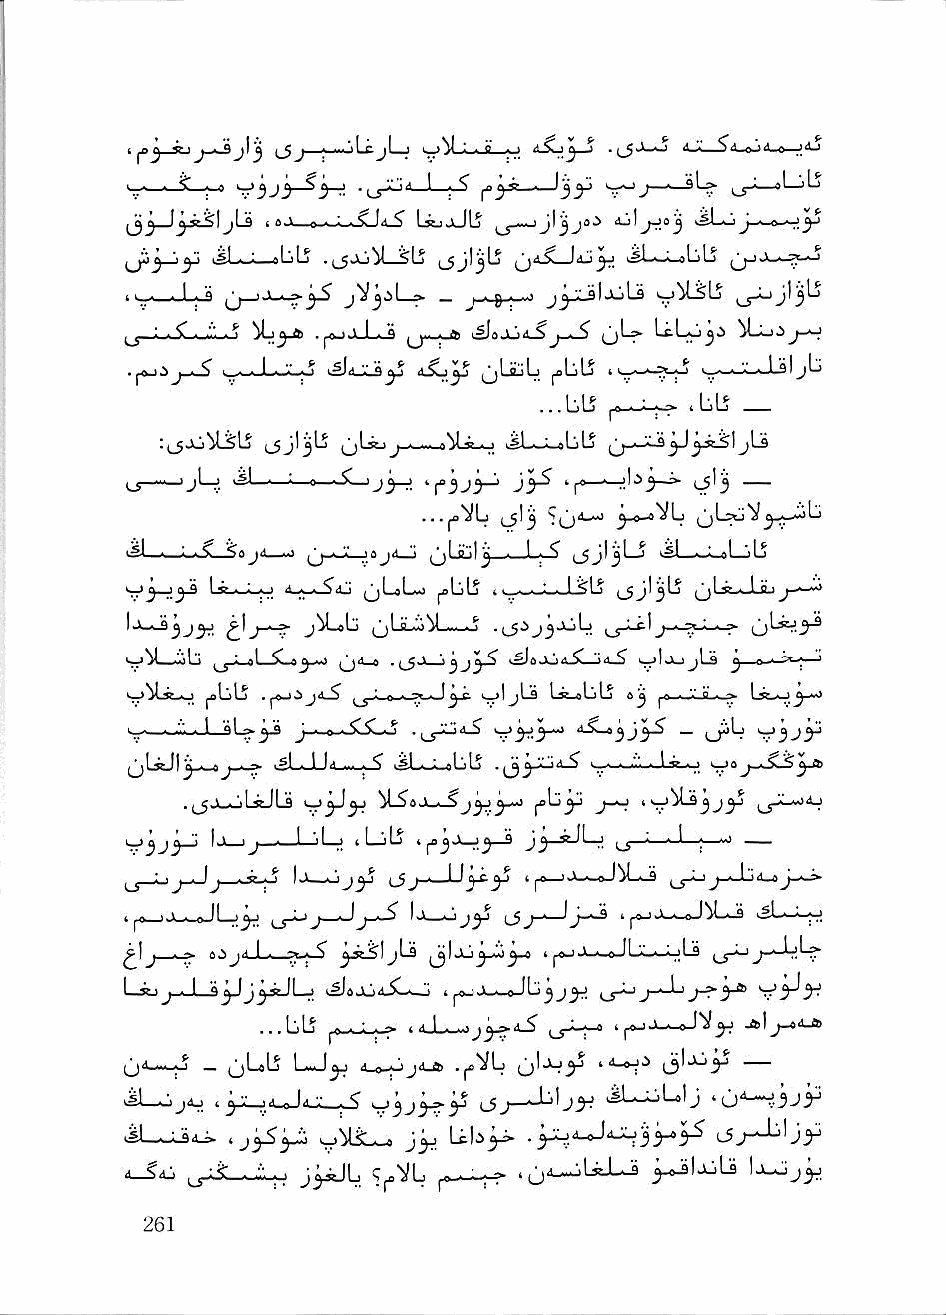
(_5J « -i.'iL&jLJ . »M : - O . n .i_5J_o ilJL_5d—a-)^-o—JdJ
 '- - ^ 1    S^_J ^ ■"' •' I ■ ^   J     ^ i <■! jLi
 i a.v ,„B.--:-i.5LlA-S" LrjjJIj J * °
 1^^IIi'_il ^ .^ju^l slj ^ 'yt. ksi—*-^^LjLj A-*-^■'
 • i-j-wJ-o                          yUsLj
 J. .       .^J_LiJ ^,. ..ft j-^
 J-^ 'w'-'-l-'-'-'^ kSJiJLS^ il.So^ (jLiijLi jiLilj t .Ty-'-j ■——«-'i'—■ J JI
 ...bli r—4-  —
 (_jjl^L5 (jLstjj— isLwi-eLjLj
 J_J—~_jjl_j M—^—'■—0—-S—;j'^ j^
 ...f»VL J'j
 i^J . : ■ ^ SajAi ■.' (^ <■"»' iOj»L_j I "'■ I j ■ ^ ■•-■, al—jb
 Li._L-o 4_;s-^iCi qLoLo jibLj i i-i-.-i-.-lj^b (^sjl^jLj (jLs-'-Lai)
 I           j^L«b ^LiL^^L^-kj   ,^j-LcI
 ^^b»Mjb ^ - fl ^ •■* b)*^ ^ ^ '3^3 ^ v^d<Xj4.^—>4^ —c^'-^'; ^
 ^bb               t^ljLii Lsubb sj^ ■ iV,a'...^ Lx^^-*o
 ■ '' I *^43° J ■ .e.'-^i>-b        _ Qidb
 b;bcJ1^.<_4 j-'-^ ijLiJJ^,^,^ iSb-l-ebb . '"t ^ i.. ._ni . 4 • ^> >^a j-^SS
 . ^^gJw^LgJLj
 1j_ij 1—jLj tL-jb  3 J^-aJLj ,_j—:—J—I—
 ,_j_oj_J   '''—^  <-5.r^—  4^j_^^L-9
 ^ -I 9 I |,6-)iX.'.^J^b*-9
 4 ^ • ft              ''jy 1-5.
 J ■ ~ r i' J "i I ■ ^ ^«.5l__)L3 jj I Ju ^.-io^-« 4 ^ ^ju-^b^oLi
 L*j J ■ I 9^  i^aJjiX-k-j 4 j^.V-i, e Ib^
 ...bb     ■ A I . ■■■j^ ^4 ^ i_s"~^ 4 |^i>.4 0 jsl^_»dJ»
 bji-4.-.b _     d-O-jjj''-®'    4il_«.J.i
 1L_Jjxj . y' y 0 1^ V . < ci3—  -■Sb.i-'La'j 'b)'^-3Jy
 4sl_wL34j^ 4 v^bL4-4 j'y Lcbj^
 .^dj, ^J.bl_bLo J^b ^^l/b fO—4-?